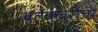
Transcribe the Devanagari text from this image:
ब्लॅकबेरीचा